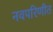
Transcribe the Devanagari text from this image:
नवपरिणीत